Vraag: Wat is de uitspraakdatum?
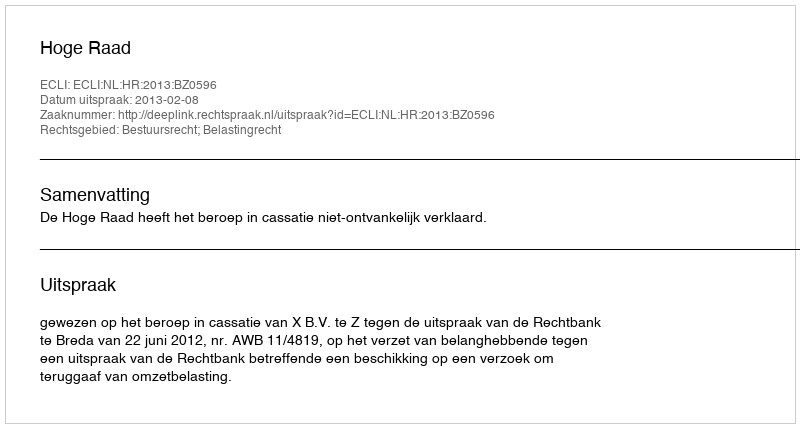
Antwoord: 2013-02-08